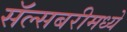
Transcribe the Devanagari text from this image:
सॅल्सबरीमध्ये